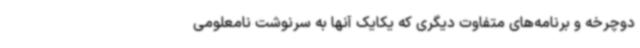
دوچرخه و برنامه‌های متفاوت دیگری که یکایک آنها به سرنوشت نامعلومی